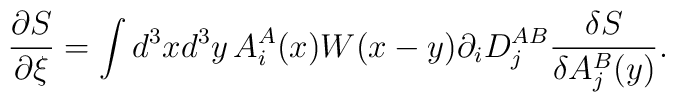
\frac{\partial S}{\partial \xi }=\int d^3xd^3y\,A_i^A(x)W(x-y)\partial_iD_j^{AB}\frac{\delta S}{\delta A_j^B(y)}.